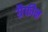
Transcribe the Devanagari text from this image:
ग्रैफीन